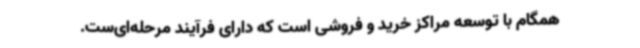
همگام با توسعه مراکز خرید و فروشی است که دارای فرآیند مرحله‌ای‌ست.